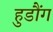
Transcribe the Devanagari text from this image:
हुडौंग